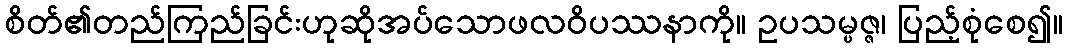
စိတ်၏တည်ကြည်ခြင်းဟုဆိုအပ်သောဖလဝိပဿနာကို။ ဥပသမ္ပဇ္ဇ၊ ပြည့်စုံစေ၍။